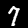
Digit: 7